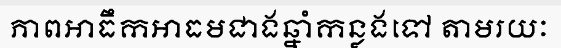
ភាពអាធឹកអាធមជាងឆ្នាំកន្លងទៅ តាមរយៈ